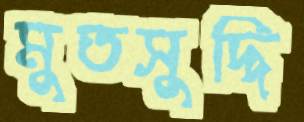
মুতসুদ্দি